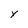
Character: y